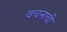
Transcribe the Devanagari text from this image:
वचनाची